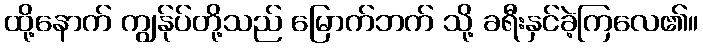
ထို့နောက် ကျွန်ုပ်တို့သည် မြောက်ဘက် သို့ ခရီးနှင်ခဲ့ကြလေ၏။